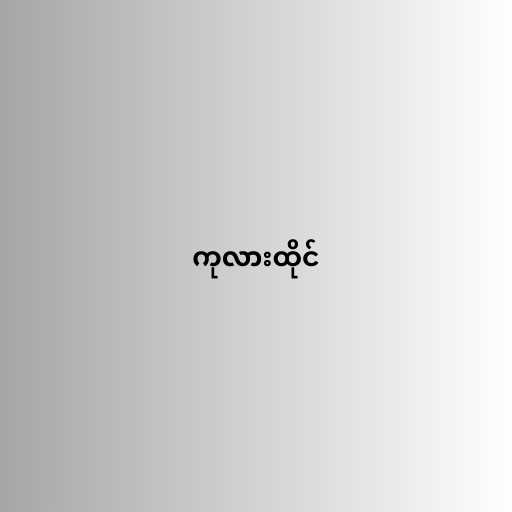
ကုလားထိုင်